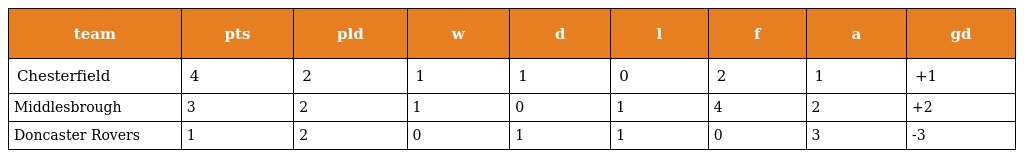
| team | pts | pld | w | d | l | f | a | gd |
 | --- | --- | --- | --- | --- | --- | --- | --- | --- |
 | Chesterfield | 4 | 2 | 1 | 1 | 0 | 2 | 1 | +1 |
 | Middlesbrough | 3 | 2 | 1 | 0 | 1 | 4 | 2 | +2 |
 | Doncaster Rovers | 1 | 2 | 0 | 1 | 1 | 0 | 3 | -3 |